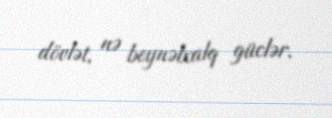
dövlət, nə beynəlxalq güclər.